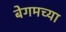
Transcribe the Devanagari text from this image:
बेगमच्या